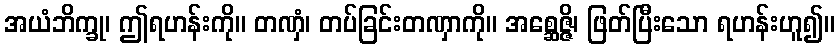
အယံဘိက္ခု၊ ဤရဟန်းကို။ တဏှံ၊ တပ်ခြင်းတဏှာကို။ အစ္ဆေဇ္ဇိ၊ ဖြတ်ပြီးသော ရဟန်းဟူ၍။